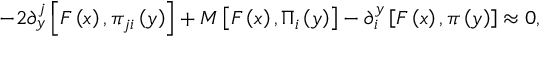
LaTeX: - 2 \partial _ { y } ^ { j } \left[ F \left( x \right) , \pi _ { j i } \left( y \right) \right] + M \left[ F \left( x \right) , \Pi _ { i } \left( y \right) \right] - \partial _ { i } ^ { y } \left[ F \left( x \right) , \pi \left( y \right) \right] \approx 0 ,